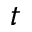
t